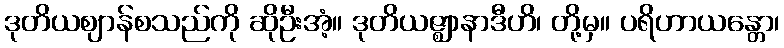
ဒုတိယဈာန်စသည်ကို ဆိုဦးအံ့။ ဒုတိယဇ္ဈာနာဒီဟိ၊ တို့မှ။ ပရိဟာယန္တော၊